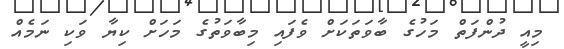
މިއީ ދުންފަތް މަހުގެ ބާވަތަކަށް ވެފައި މިބާވަތުގެ މަހަށް ކިޔާ ވަކި ނަމެއް